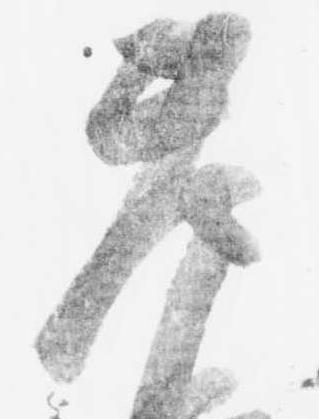
老